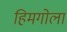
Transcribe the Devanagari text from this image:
हिमगोला